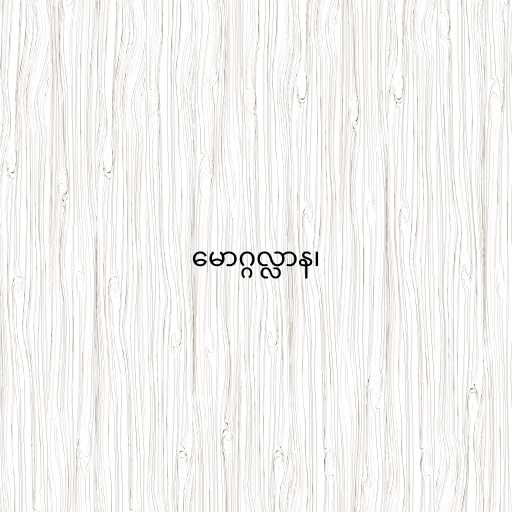
မောဂ္ဂလ္လာန၊